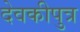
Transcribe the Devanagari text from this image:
देवकीपुत्र